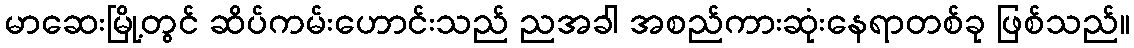
မာဆေးမြို့တွင် ဆိပ်ကမ်းဟောင်းသည် ညအခါ အစည်ကားဆုံးနေရာတစ်ခု ဖြစ်သည်။